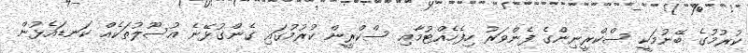
ކުރުމުގެ ބޭނުމަކީ ސްކްރީނިންގެ ފެންވަރު ހިފެހެއްޓުމާއި ސްކްރީން ކުރުމުގައި ގެންގުޅޭނެ އުސޫލުތަކެއް ކަނޑައެޅުން